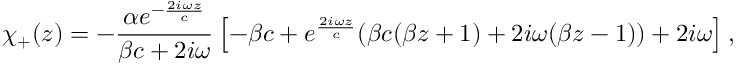
\chi _ { + } ( z ) = - \frac { \alpha e ^ { - \frac { 2 i \omega z } { c } } } { \beta c + 2 i \omega } \left[ - \beta c + e ^ { \frac { 2 i \omega z } { c } } ( \beta c ( \beta z + 1 ) + 2 i \omega ( \beta z - 1 ) ) + 2 i \omega \right] ,